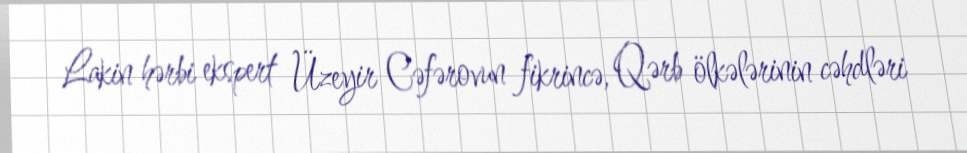
Lakin hərbi ekspert Üzeyir Cəfərovun fikrincə, Qərb ölkələrinin cəhdləri